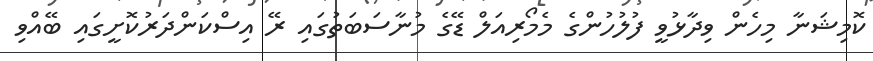
ކޮމިޝަނާ މިހެން ވިދާޅުވީ ފުލުހުންގެ މެމޯރިއަލް ޑޭގެ މުނާސަބަތުގައި ރޭ އިސްކަންދަރުކޮށީގައި ބޭއްވި